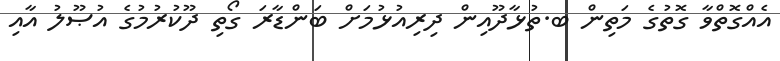
އެއްގޮތްވާ ގޮތުގެ މަތިން ބ.ތުޅާދޫއިން ދިރިއުޅުމަށް ބަންޑާރަ ގޯތި ދޫކުރުމުގެ އުޞޫލު އާއި